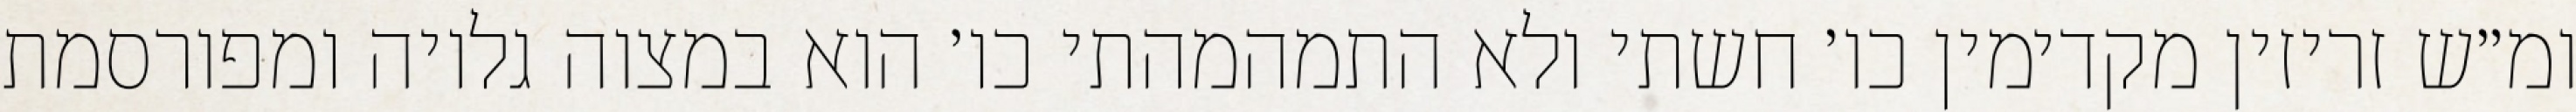
ומ״ש זריזין מקדימין כו׳ חשתי ולא התמהמהתי כו׳ הוא במצוה גלויה ומפורסמת